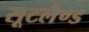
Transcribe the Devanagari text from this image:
सूटलैण्ड